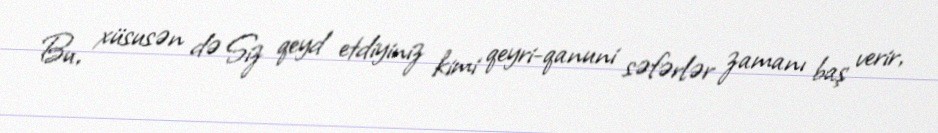
Bu, xüsusən də Siz qeyd etdiyiniz kimi qeyri-qanuni səfərlər zamanı baş verir,